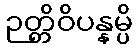
ဉတ္တိဝိပန္နမ္ပိ